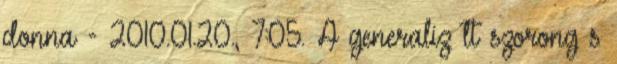
donna - 2010.01.20., 7:05. A generaliz lt szorong s